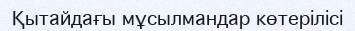
Қытайдағы мұсылмандар көтерілісі